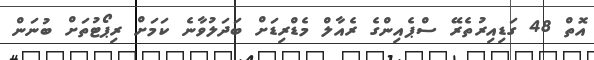
އޮތް 48 ގަޑިއިރުތެރޭ ސްޕެއިންގެ ރެއާލް މެޑްރިޑަށް ބަދަލުވާނެ ކަމަށް ރިޕޯޓުތަށް ބުނަން